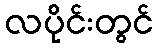
လပိုင်းတွင်